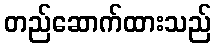
တည်ဆောက်ထားသည်